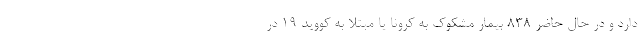
دارد و در حال حاضر ۸۳۸ بیمار مشکوک به کرونا یا مبتلا به کووید ۱۹ در